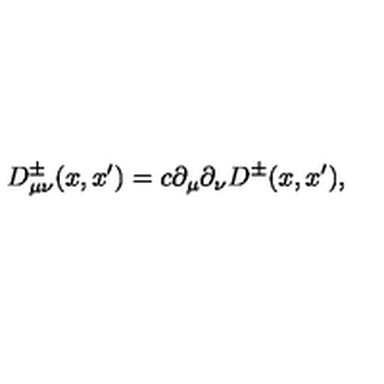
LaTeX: D _ { \mu \nu } ^ { \pm } ( x , x ^ { \prime } ) = c \partial _ { \mu } \partial _ { \nu } D ^ { \pm } ( x , x ^ { \prime } ) ,